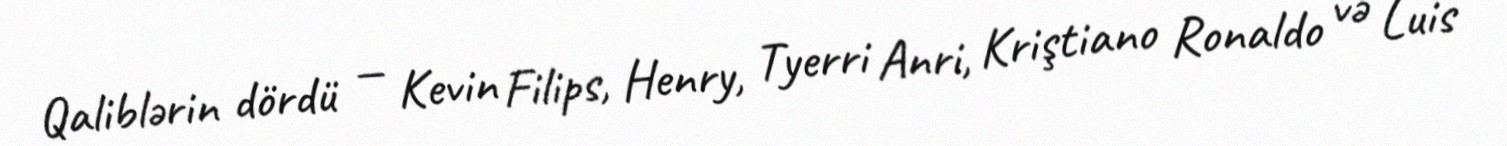
Qaliblərin dördü — Kevin Filips, Henry, Tyerri Anri, Kriştiano Ronaldo və Luis